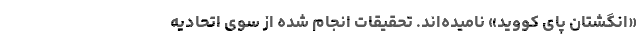
«انگشتان پای کووید» نامیده‌اند. تحقیقات انجام شده از سوی اتحادیه